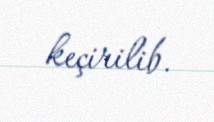
keçirilib.